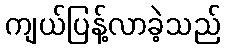
ကျယ်ပြန့်လာခဲ့သည်